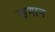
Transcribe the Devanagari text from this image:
म्हणान